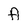
Character: A